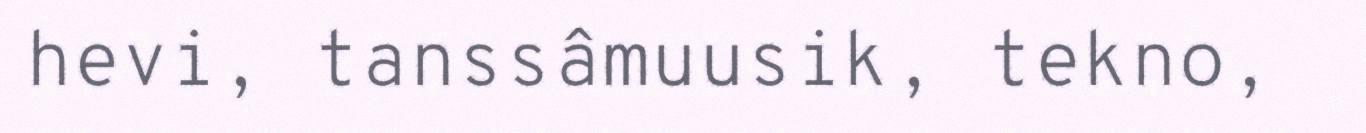
hevi, tanssâmuusik, tekno,